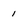
Character: 1